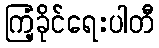
ကြံ့ခိုင်ရေးပါတီ